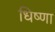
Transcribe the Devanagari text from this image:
धिष्णा